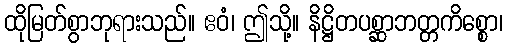
ထိုမြတ်စွာဘုရားသည်။ ဧဝံ၊ ဤသို့။ နိဋ္ဌိတပစ္ဆာဘတ္တကိစ္စော၊